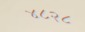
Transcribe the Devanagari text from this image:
४८२८